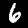
Digit: 6